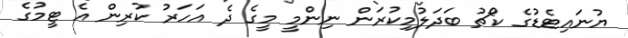
ޔުނައިޓެޑުގެ ކޯޗު ބަދަލުމިކުރަން ނިންމީ މީގެ ދެ އަހަރު ކުރިން އެ ޓީމުގެ